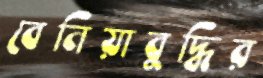
বেনিয়াবুদ্ধির